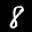
Label: 8